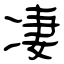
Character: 凄